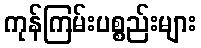
ကုန်ကြမ်းပစ္စည်းများ